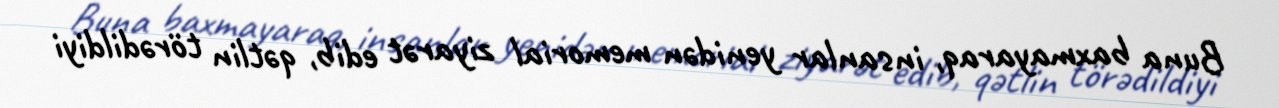
Buna baxmayaraq, insanlar yenidən memorial ziyarət edib, qətlin törədildiyi